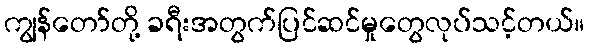
ကျွန်တော်တို့ ခရီးအတွက်ပြင်ဆင်မှုတွေလုပ်သင့်တယ်။